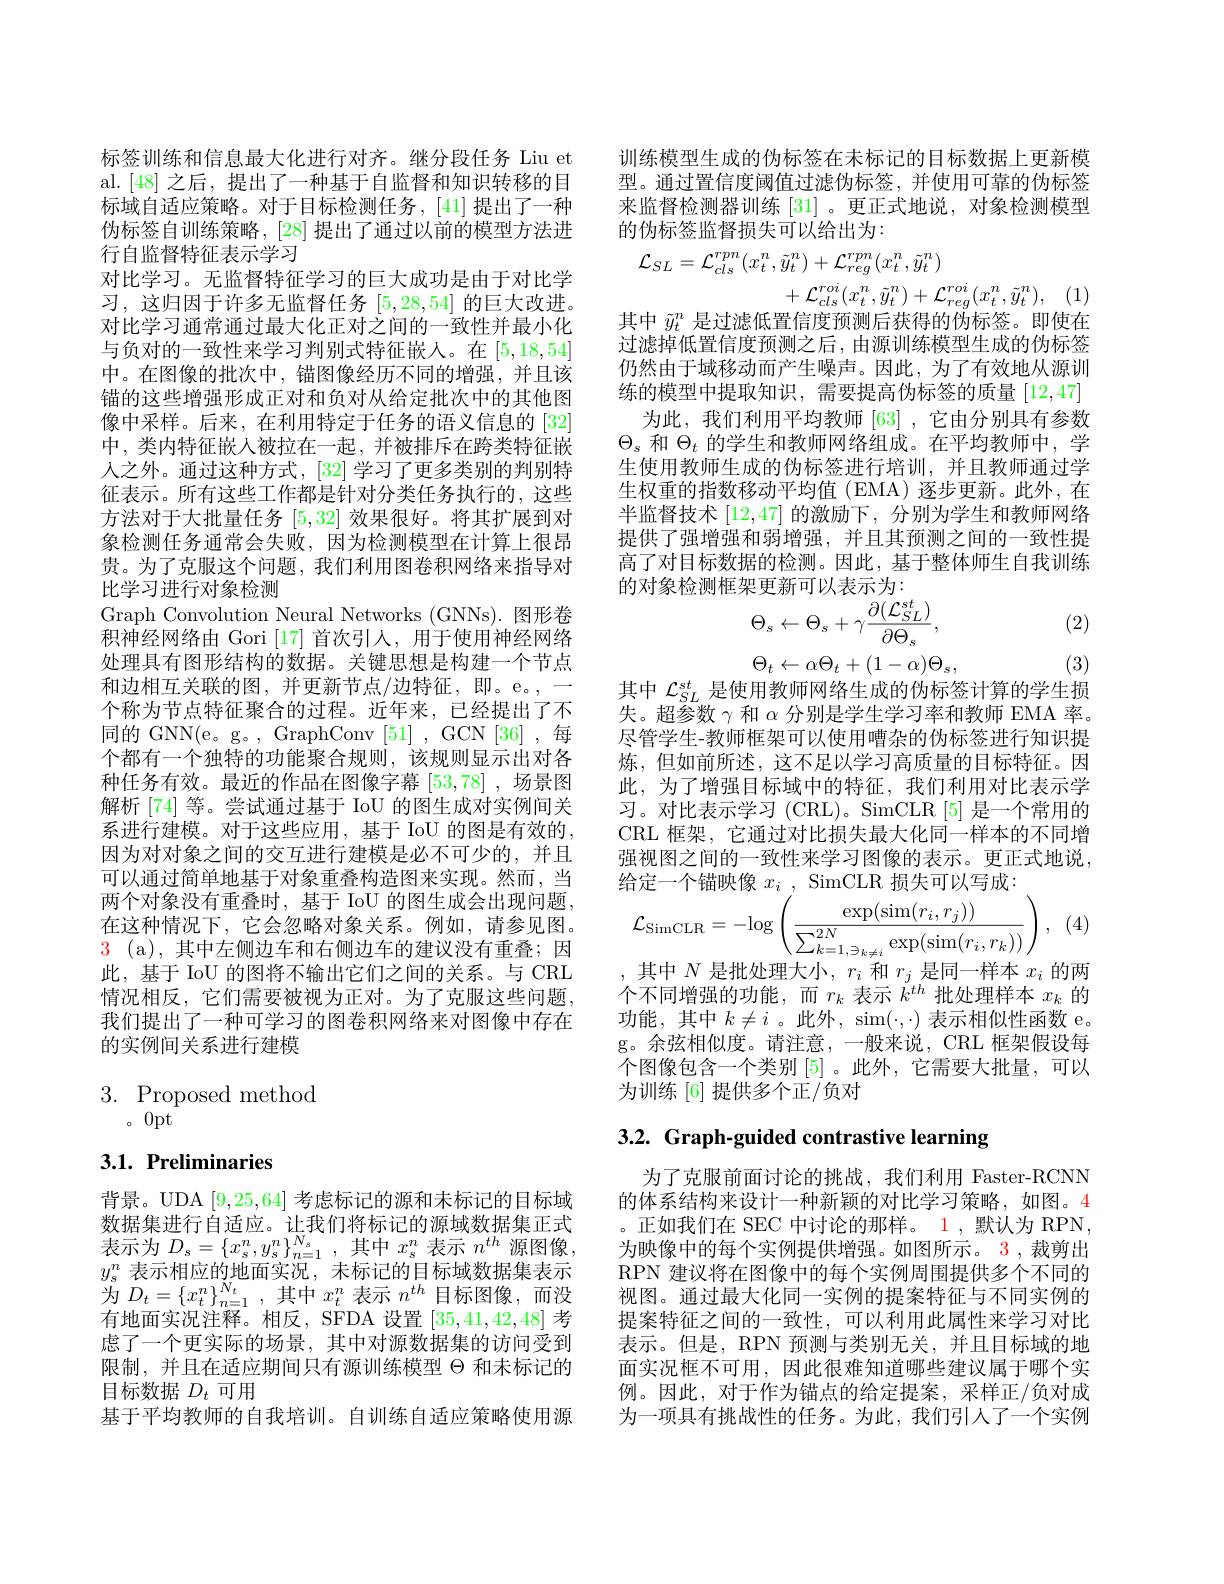
标签训练和信息最大化进行对齐。继分段任务 Liu et al.[48]之后，提出了一种基于自监督和知识转移的目标域自适应策略。对于目标检测任务，[41]提出了一种伪标签自训练策略，[28] 提出了通过以前的模型方法进行自监督特征表示学习
对比学习。无监督特征学习的巨大成功是由于对比学习，这归因于许多无监督任务[5,28,54]的巨大改进。对比学习通常通过最大化正对之间的一致性并最小化与负对的一致性来学习判别式特征嵌人。在[5,18,54] 中。在图像的批次中，锚图像经历不同的增强，并且该锚的这些增强形成正对和负对从给定批次中的其他图像中采样。后来，在利用特定于任务的语义信息的[32] 中，类内特征嵌人被拉在一起，并被排斥在跨类特征嵌人之外。通过这种方式，[32] 学习了更多类别的判别特征表示。所有这些工作都是针对分类任务执行的，这些方法对于大批量任务[5,32]效果很好。将其扩展到对象检测任务通常会失败，因为检测模型在计算上很昂贵。为了克服这个问题，我们利用图卷积网络来指导对比学习进行对象检测
Graph Convolution Neural Networks (GNNs). 图形卷积神经网络由 Gori [17]首次引人，用于使用神经网络处理具有图形结构的数据。关键思想是构建一个节点和边相互关联的图，并更新节点/边特征，即。e。— 个称为节点特征聚合的过程。近年来，已经提出了不同的 GNN(e。g。, GraphConv[51] , GCN[36] ,每个都有一个独特的功能聚合规则，该规则显示出对各种任务有效。最近的作品在图像字幕[53,78] ,场景图解析[74] 等。尝试通过基于 IoU 的图生成对实例间关系进行建模。对于这些应用，基于 IoU 的图是有效的， 因为对对象之间的交互进行建模是必不可少的，并且可以通过简单地基于对象重叠构造图来实现。然而，当两个对象没有重叠时，基于 IoU 的图生成会出现问题， 在这种情况下，它会忽略对象关系。例如，请参见图。$\begin{array}{cc}3&(\mathrm{a}),\text{ 其中左侧边车和右侧边车的建议没有重叠；因}\end{array}$ 此，基于 IoU 的图将不输出它们之间的关系。与 CRL 情况相反，它们需要被视为正对。为了克服这些问题， 我们提出了一种可学习的图卷积网络来对图像中存在的实例间关系进行建模
$$\begin{array}{ll}3.&\text{Proposed method}\\&\text{。0pt}\end{array}$$
# 3.1. Preliminaries

背景。UDA [9,25,64]考虑标记的源和未标记的目标域数据集进行自适应。让我们将标记的源域数据集正式表示为$D_s=\{x_s^n,y_s^n\}_{n=1}^{N_s}$,其中$x_s^n$表示$n^th$源图像， $y_\mathrm{s}^n$表示相应的地面实况，未标记的目标域数据集表示为$D_t=\left\{x_t^n\right\}_{n=1}^{N_t}$,其中$x_t^n$表示$n^{th}$目标图像，而没有地面实况注释。相反，SFDA 设置[35,41,42,48]考虑了一个更实际的场景，其中对源数据集的访问受到限制，并且在适应期间只有源训练模型$\Theta$和未标记的目标数据$D_t$可用
基于平均教师的自我培训。自训练自适应策略使用源

训练模型生成的伪标签在未标记的目标数据上更新模型。通过置信度阈值过滤伪标签，并使用可靠的伪标签来监督检测器训练 [31] 。更正式地说，对象检测模型的伪标签监督损失可以给出为：
$$\begin{aligned}\mathcal{L}_{SL}&=\mathcal{L}_{cls}^{rpn}(x_{t}^{n},\tilde{y}_{t}^{n})+\mathcal{L}_{reg}^{rpn}(x_{t}^{n},\tilde{y}_{t}^{n})\\&+\mathcal{L}_{cls}^{roi}(x_{t}^{n},\tilde{y}_{t}^{n})+\mathcal{L}_{reg}^{roi}(x_{t}^{n},\tilde{y}_{t}^{n}),\end{aligned}$$
其中$\tilde{y}_t^n$是过滤低置信度预测后获得的伪标签。即使在过滤掉低置信度预测之后，由源训练模型生成的伪标签仍然由于域移动而产生噪声。因此，为了有效地从源训练的模型中提取知识，需要提高伪标签的质量[12,47]
为此，我们利用平均教师[63] ,它由分别具有参数$\Theta_s$和$\Theta_t$的学生和教师网络组成。在平均教师中，学生使用教师生成的伪标签进行培训，并且教师通过学生权重的指数移动平均值(EMA)逐步更新。此外，在半监督技术[12,47]的激励下，分别为学生和教师网络提供了强增强和弱增强，并且其预测之间的一致性提高了对目标数据的检测。因此，基于整体师生自我训练的对象检测框架更新可以表示为：

(2)
$$\Theta_{s}\leftarrow\Theta_{s}+\gamma\frac{\partial(\mathcal{L}_{SL}^{st})}{\partial\Theta_{s}},$$
$$\Theta_t\leftarrow\alpha\Theta_t+(1-\alpha)\Theta_s,$$
(3)
其中$\mathcal{L}_{SL}^{st}$是使用教师网络生成的伪标签计算的学生损失。超参数$\gamma$和$\alpha$分别是学生学习率和教师 EMA 率。尽管学生-教师框架可以使用嘈杂的伪标签进行知识提炼，但如前所述，这不足以学习高质量的目标特征。因此，为了增强目标域中的特征，我们利用对比表示学习。对比表示学习(CRL)。SimCLR[5] 是一个常用的CRL 框架，它通过对比损失最大化同一样本的不同增强视图之间的一致性来学习图像的表示。更正式地说，
$$\mathcal{L}_{\mathrm{SimCLR}}=-\log\left(\frac{\exp(\sin(r_{i},r_{j}))}{\sum_{k=1,\exists k\neq i}^{2N}\exp(\sin(r_{i},r_{k}))}\right),$$
, (4)
,其中$N$是批处理大小$,r_i$和$r_j$是同一样本$x_i$的两个不同增强的功能，而$r_k$表示$k^th$批处理样本$x_k$的功能，其中$k\neq i$ 。此外，sim$(\cdot,\cdot)$表示相似性函数 e。g。余弦相似度。请注意，一般来说，CRL 框架假设每个图像包含一个类别[5]。此外，它需要大批量，可以为训练[6]提供多个正/负对

# 3.2. Graph-guided contrastive learning

为了克服前面讨论的挑战，我们利用 Faster-RCNN 的体系结构来设计一种新颖的对比学习策略，如图。4 。正如我们在 SEC 中讨论的那样。1 ,默认为 RPN, 为映像中的每个实例提供增强。如图所示。3 ,裁剪出RPN 建议将在图像中的每个实例周围提供多个不同的视图。通过最大化同一实例的提案特征与不同实例的提案特征之间的一致性，可以利用此属性来学习对比表示。但是，RPN 预测与类别无关，并且目标域的地面实况框不可用，因此很难知道哪些建议属于哪个实例。因此，对于作为锚点的给定提案，采样正/负对成为一项具有挑战性的任务。为此，我们引人了一个实例